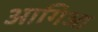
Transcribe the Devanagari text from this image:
आगिआ